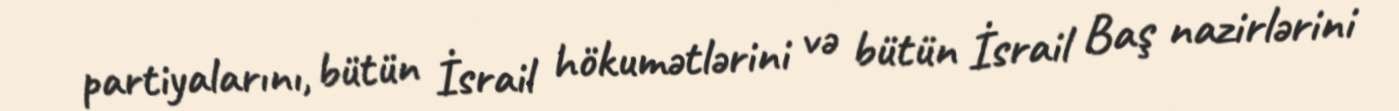
partiyalarını, bütün İsrail hökumətlərini və bütün İsrail Baş nazirlərini